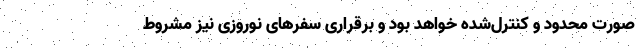
صورت محدود و کنترل‌شده خواهد بود و برقراری سفرهای نوروزی نیز مشروط